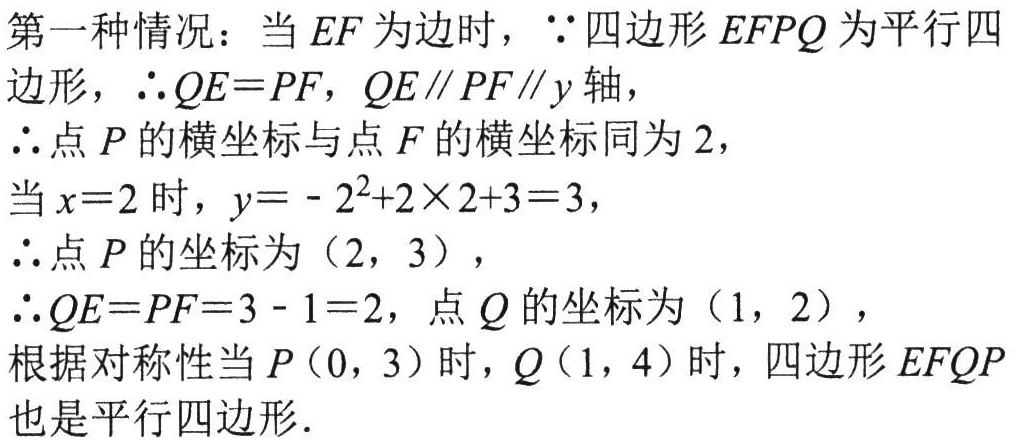
第一种情况：当 \(EF\) 为边时，\(\because\) 四边形 \(EFPQ\) 为平行四
边形，\(\therefore QE = PF\)，\(QE\parallel PF\parallel y\) 轴，
\(\therefore\) 点 \(P\) 的横坐标与点 \(F\) 的横坐标同为 \(2\)，
当 \(x = 2\) 时，\(y=-2^{2}+2\times 2 + 3 = 3\)，
\(\therefore\) 点 \(P\) 的坐标为 \((2,3)\)，
\(\therefore QE = PF = 3 - 1 = 2\)，点 \(Q\) 的坐标为 \((1,2)\)，
根据对称性当 \(P(0,3)\) 时，\(Q(1,4)\) 时，四边形 \(EFQP\)
也是平行四边形.